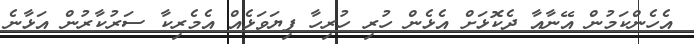
އެހެންކަމުން އޭނާއާ ދެކޮޅަށް އެޅެން ހުރި ހުރިހާ ފިޔަވަޅެއް އެމެރިކާ ސަރުކާރުން އަޅާނެ